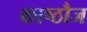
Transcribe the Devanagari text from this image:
काष्ठौज